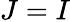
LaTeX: J=I